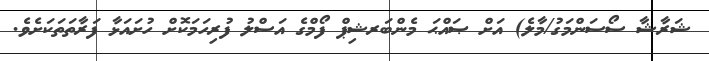
ޝަރާޝާ ސޯސަންމަގު/މާލެ) އަށް ޞައްޙަ މެންބަރޝިޕް ފޯމްގެ އަސްލު ފުރިހަމަކޮށް ހުށައަޅާ ފަރާތަތަކަށެވެ.